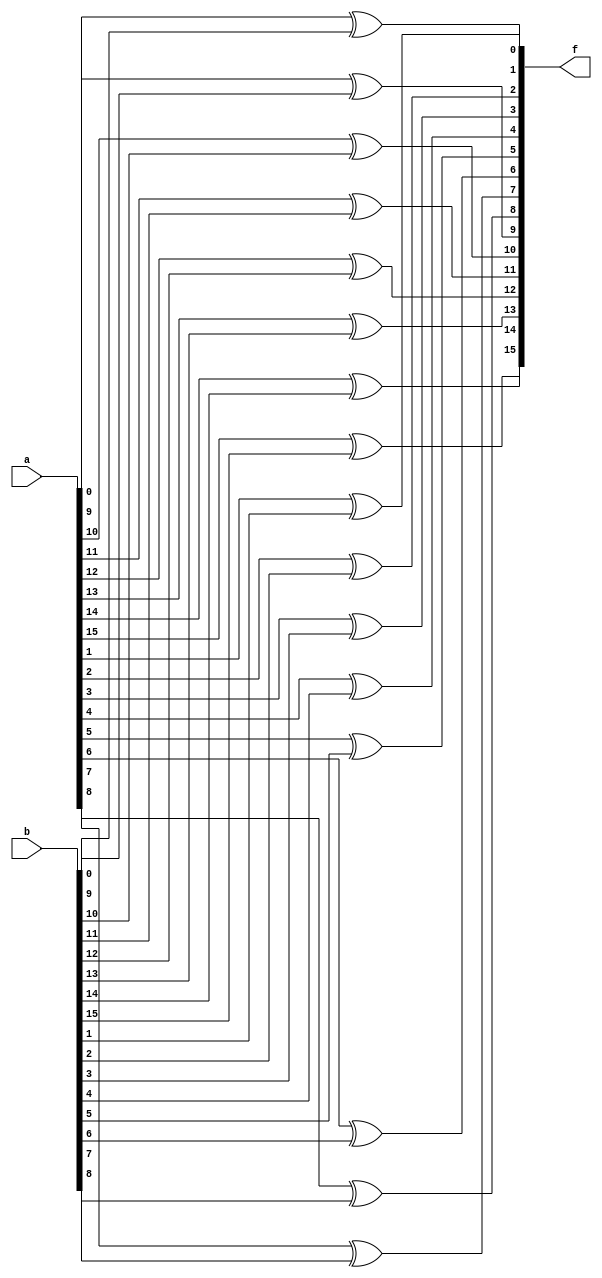
//
//----------------------------------
// Type : module
// Contact : mathewtg.mec@gmail.com
//------------------
//------------------
// Notes :- Example using generate statement.

module bitwisexor_generate (f,a,b);
parameter N = 16;
input [N-1:0]a,b;
output [N-1:0]f;

genvar p;

generate for (p=0;p<N;p=p+1)
 begin : xor1p
  xor XG (f[p], a[p], b[p]);
 end
endgenerate

endmodule